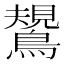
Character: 𪄯